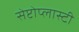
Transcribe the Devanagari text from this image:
सेप्टोप्लास्टी